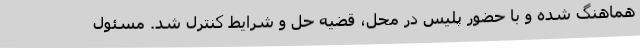
هماهنگ شده و با حضور پلیس در محل، قضیه حل و شرایط کنترل شد. مسئول